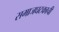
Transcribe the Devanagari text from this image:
समाजघटकाची